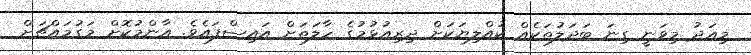
މިއަދު މިވަނީ ގިނަ ބަދަލުތަކެއް ކުއްލިޔަކަށް ދިރިއުޅުމުގެ ހާލަތަށް އައިސްފައެވެ. އާންމުކޮށް މަގުމައްޗަށް